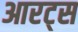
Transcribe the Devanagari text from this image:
आरट्स